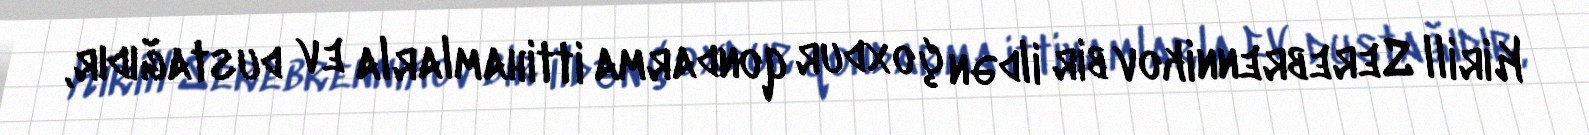
Kirill Serebrennikov bir ildən çoxdur qondarma ittihamlarla ev dustağıdır,